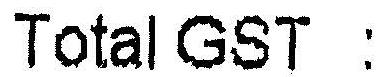
TOTAL GST :